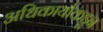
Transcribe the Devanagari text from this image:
अधिकार्याकडून